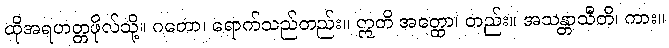
ထိုအရဟတ္တဖိုလ်သို့။ ဂတော၊ ရောက်သည်တည်း။ ဣတိ အတ္ထော၊ တည်း။ အသန္တာသီတိ၊ ကား။